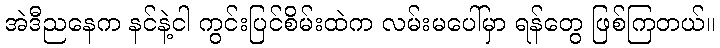
အဲဒီညနေက နင်နဲ့ငါ ကွင်းပြင်စိမ်းထဲက လမ်းမပေါ်မှာ ရန်တွေ ဖြစ်ကြတယ်။